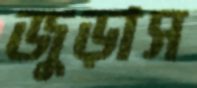
জুড়াস